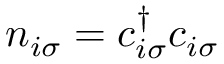
n _ { i \sigma } = c _ { i \sigma } ^ { \dagger } c _ { i \sigma }